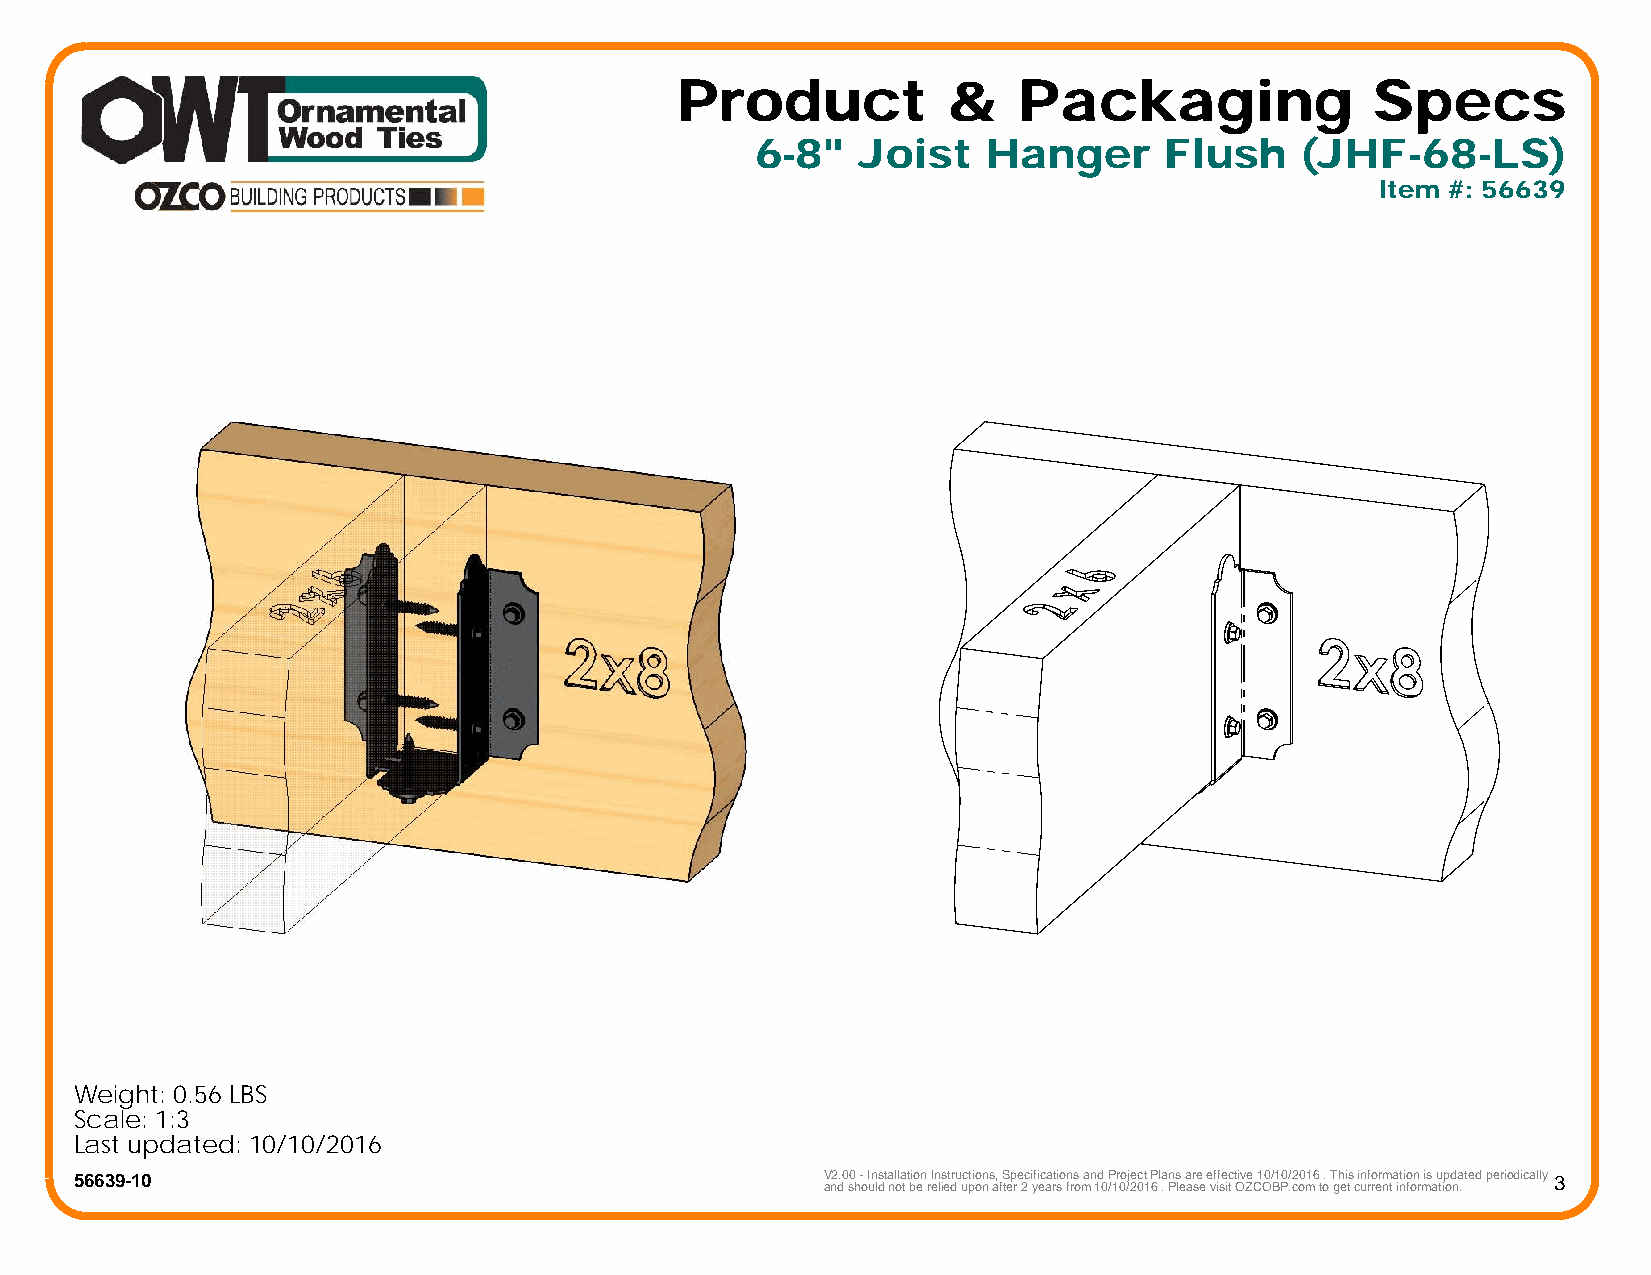
Product           &   Packaging               Specs
 6-8"   Joist   Hanger      Flush    (JHF-68-LS)
 Item #: 56639
 Weight: 0.56 LBS
 Scale: 1:3
 Last updated: 10/10/2016
 56639-10                                          V2.00 - Installation Instructions, Specifications and Project Plans are effective 10/10/2016 . This information is updated periodically 3
 and should not be relied upon after 2 years from 10/10/2016 . Please visit OZCOBP.com to get current information.